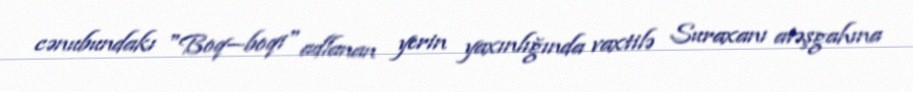
cənubundakı "Boq—boqi" adlanan yerin yaxınlığında vaxtilə Suraxanı atəşgahına